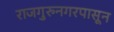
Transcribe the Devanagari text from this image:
राजगुरुनगरपासून